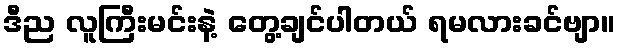
ဒီည လူကြီးမင်းနဲ့ တွေ့ချင်ပါတယ် ရမလားခင်ဗျာ။